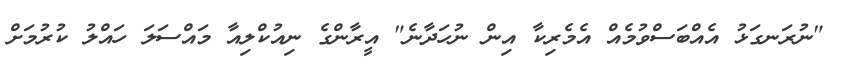
"ނުރަނގަޅު އެއްބަސްވުމެއް އެމެރިކާ އިން ނުހަދާނެ" އީރާންގެ ނިއުކްލިއާ މައްސަލަ ހައްލު ކުރުމަށް